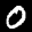
Label: 0